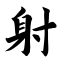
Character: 射